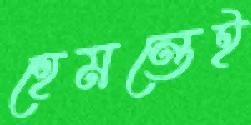
হেমন্তেই